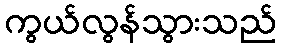
ကွယ်လွန်သွားသည်